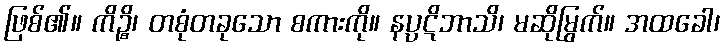
ဖြစ်၏။ ကိဉ္စိ၊ တစုံတခုသော စကားကို။ နပ္ပဋိဘာသိ၊ မဆိုမြွက်။ အထခေါ၊